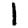
Digit: 1